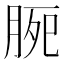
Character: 𣍴